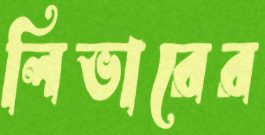
লিভারের